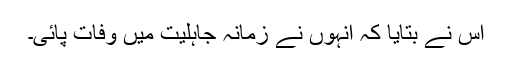
اس نے بتایا کہ انہوں نے زمانہ جاہلیت میں وفات پائی۔